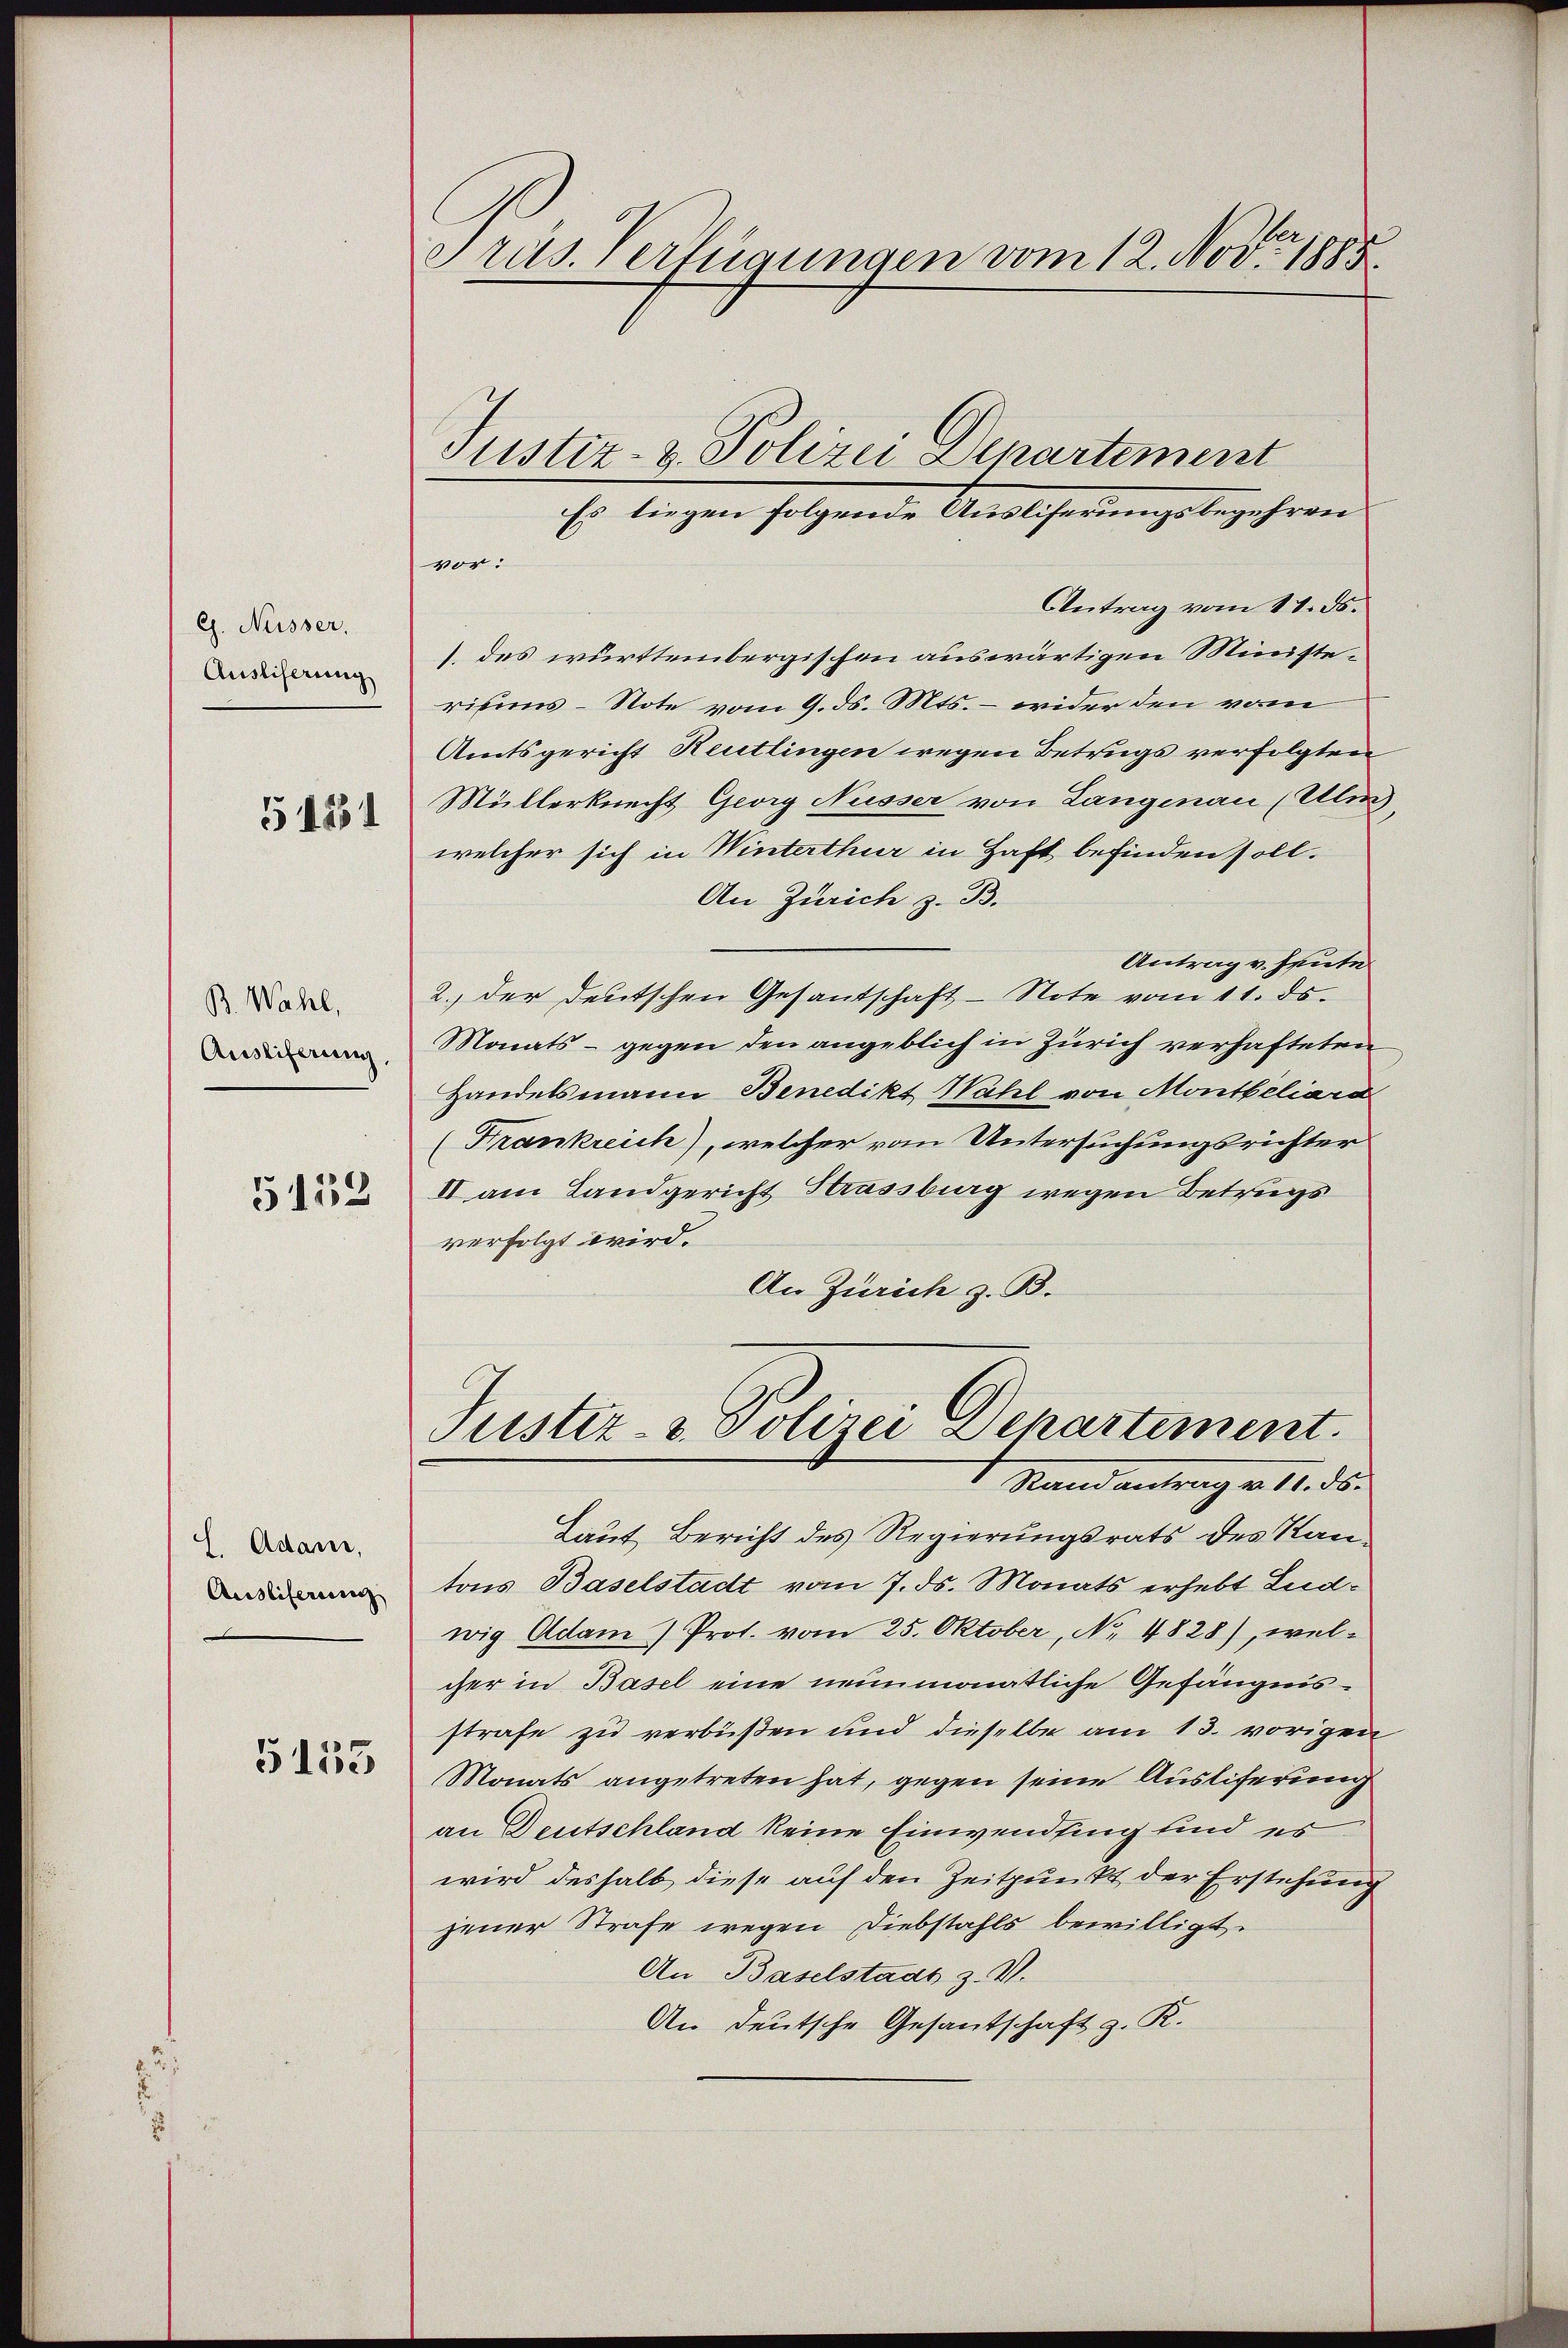
G. Nüsser.
Ausliserung
54231

B. Wahl,
Ausliferung,

5158

L. Adam,
Ausliferung

5153

Präs. Verfügungen vom 12. Nov. 1885

Justiz- & Polizei Departement
Es liegen folgende Ausliferungsbegehren
vor:
Antrag vom 11. ds.
.des württembergischen auswärtigen Ministerisums-Note vom 9. ds. Mts. – wider den vom
Amtsgericht Reutlingen wegen Betrugs verfolgten
Müllerknecht Georg Nüsser von Langenau (Ulm,
welcher sich in Winterthur in Haft befinden soll.
An Zürich z. B.
Antrag v. heute
2.) der deutschen Gesantschaft-Note vom 11. ds.
Monats - gegen den angeblich in Zürich verhafteten
Handelsmann Benedikt Wahl von Montbiliara
(Frankreich), welcher vom Untersuchungsrichter
II am Landgericht Strassburg wegen Betrugs
verfolgt wird.
An Zürich z. B.
Justiz- & Polizei Departement.
Stand antrag v. 16. ds.
Laut Bericht des Regierungsrats des Kantons Baselstadt vom 7. ds. Monats erhebt Ludwig Adam Prot. vom 25. Oktober, No. 4828), welcher in Basel eine neunmonatliche Gefängnisstrafe zu verbüßen und dieselbe am 13. vorigen
Monats angetreten hat, gegen seine Ausliferung
an Deutschland keine Einwending und es
wird deshalb diese auf den Zeitpunkt der Erstehung
jener Strafe wegen Diebstahls bewilligt.
An Baselstadt z. V.
An deutsche Gesantschaft z. R.